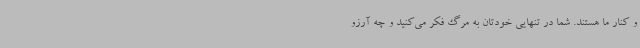
و کنار ما هستند. شما در تنهایی خودتان به مرگ فکر می‌کنید و چه آرزو